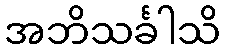
အဘိသင်္ခါသိ